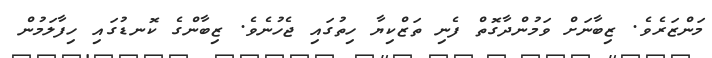
މަންޒަރެވެ. ޒިބާނަށް ވަމުންދާގޮތް ފެނި ތަޒްކިޔާ ހިތުގައި ޖެހުނެވެ. ޒިބާންގެ ކޮނޑުގައި ހިފާލަމުން